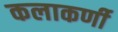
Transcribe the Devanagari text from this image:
कलाकर्णी